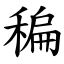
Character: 稨